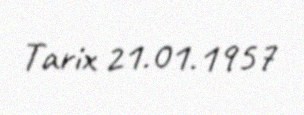
Tarix 21.01.1957